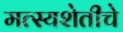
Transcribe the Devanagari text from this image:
मत्स्यशेतीचे